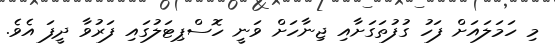
މި ހަމަލައަށް ފަހު ގުފުތަގަށާއި ޖިނާހަށް ވަނީ ހޮސްޕިޓަލުގައި ފަރުވާ ދީފަ އެވެ.